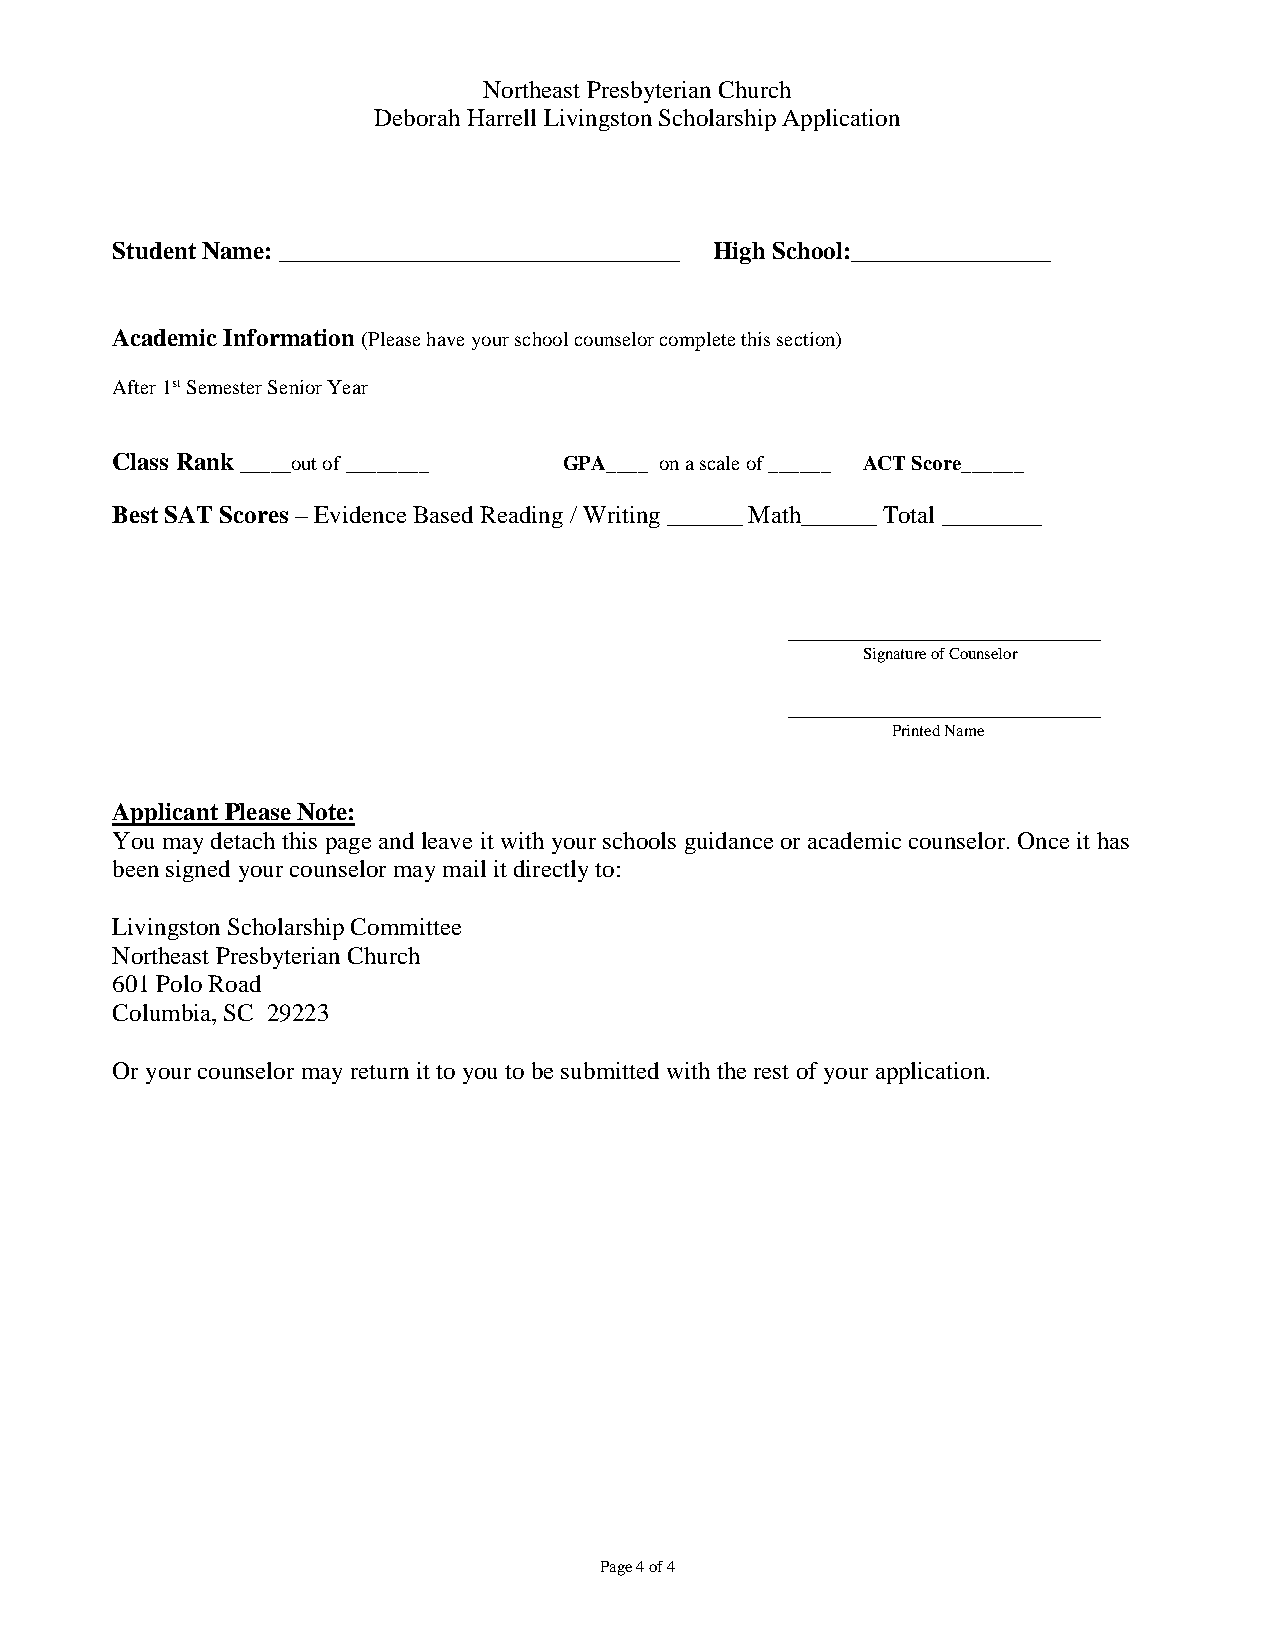
Northeast Presbyterian Church
 Deborah Harrell Livingston Scholarship Application
 Student Name: ________________________________ High School:________________
 Academic Information (Please have your school counselor complete this section)
 After 1st Semester Senior Year
 Class Rank _____out of ________ GPA____ on a scale of ______ ACT Score______
 Best SAT Scores – Evidence Based Reading / Writing ______ Math______ Total ________
 _________________________
 Signature of Counselor
 _________________________
 Printed Name
 Applicant Please Note:
 You may detach this page and leave it with your schools guidance or academic counselor. Once it has
 been signed your counselor may mail it directly to:
 Livingston Scholarship Committee
 Northeast Presbyterian Church
 601 Polo Road
 Columbia, SC 29223
 Or your counselor may return it to you to be submitted with the rest of your application.
 Page 4 of 4